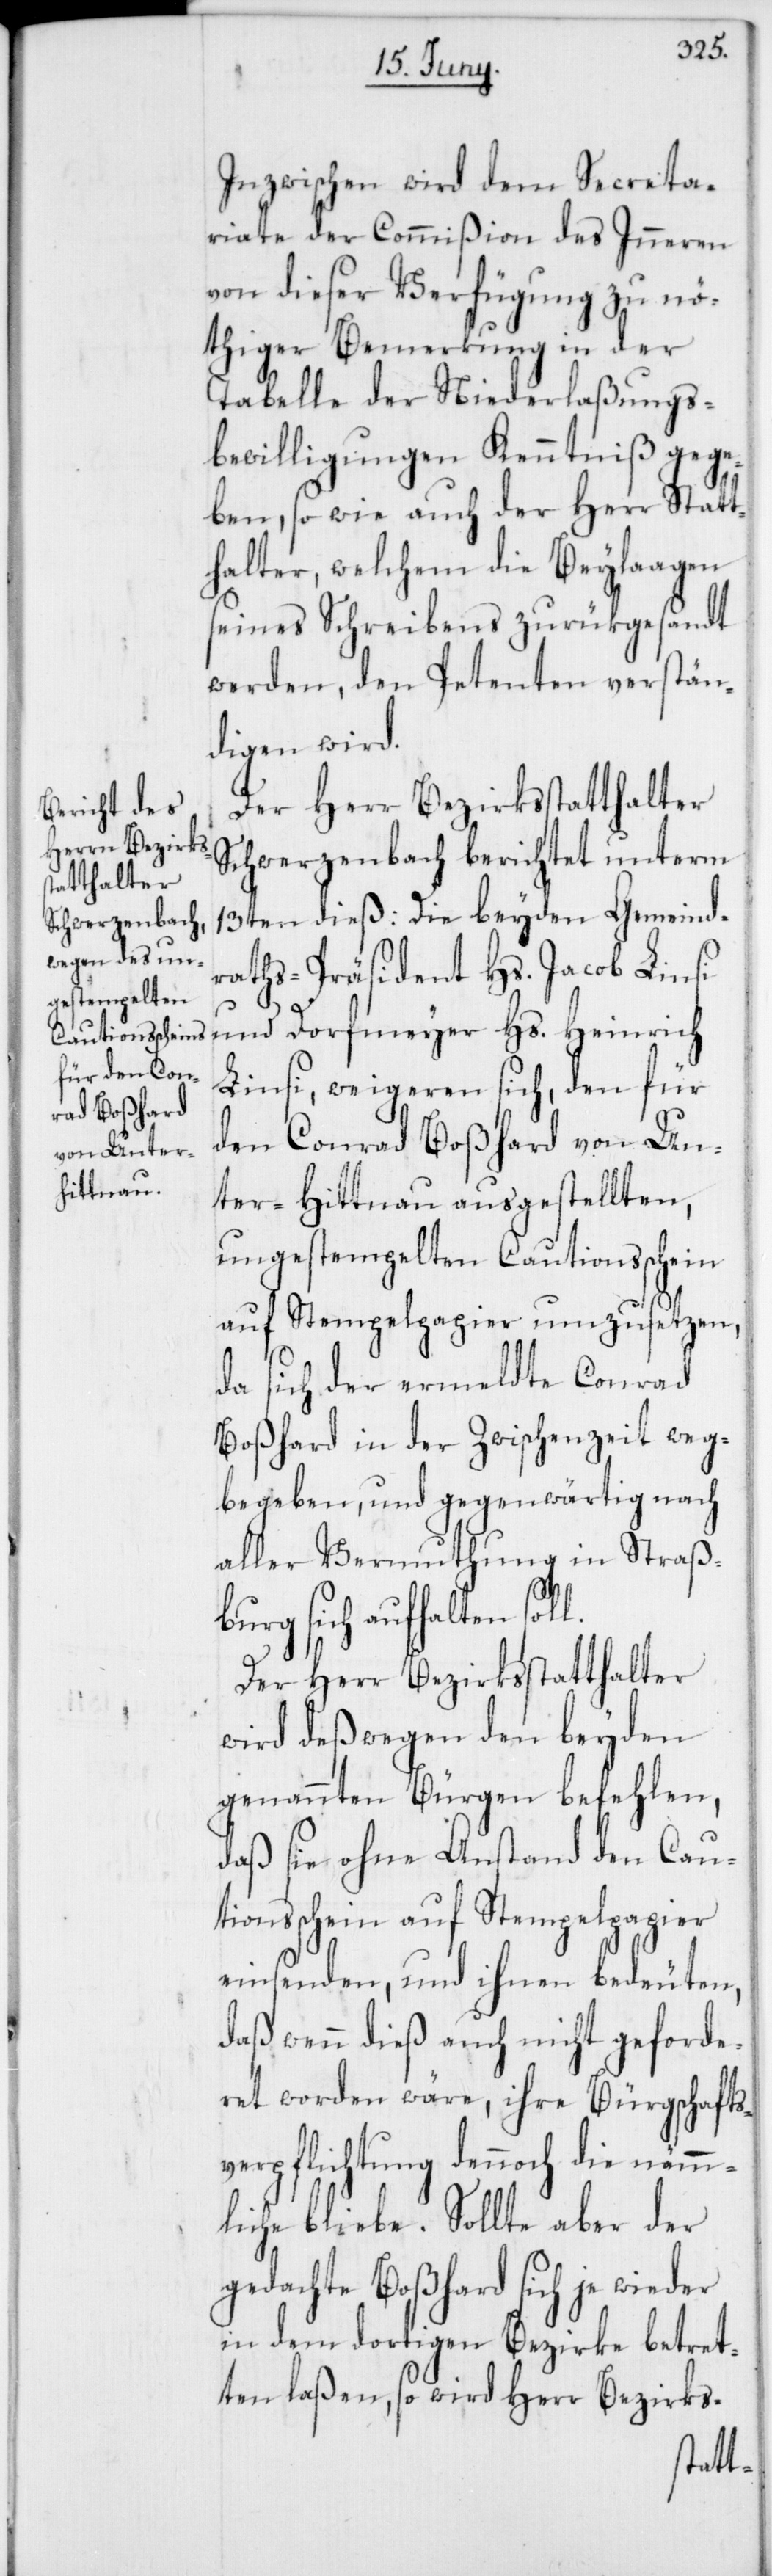
Inzwischen wird dem Secreta¬
riate der Commißion des Inneren
von dieser Verfügung zu nö¬
thiger Bemerkung in der
Tabelle der Niederlaßungs¬
bewilligungen Kenntniß gege¬
ben, so wie auch der Herr Statt¬
halter, welchem die Beylaagen
seines Schreibens zurükgesandt
werden, den Petenten verstän¬
digen wird.
Der Herr Bezirksstatthalter
Schwerzenbach berichtet unterm
13ten dieß: Die beyden Gemeind¬
raths-Präsident Hs. Jacob L¬
insi und Dorfmeyer Hs. Heinrich
Linsi, weigeren sich, den für
den Conrad Boßhard von Un¬
ter-Hittnau ausgestellten,
ungestempelten Cautionsschein
auf Stempelpapier umzusetzen,
da sich der ermeldte Conrad
Boßhard in der Zwischenzeit weg¬
begeben, und gegenwärtig nach
aller Vermuthung in Straß¬
burg sich aufhalten soll.
Der Herr Bezirksstatthalter
wird deßwegen den beyden
genannten Bürgen befehlen,
daß sie ohne Anstand den Cau¬
tionsschein auf Stempelpapier
einsenden, und ihnen bedeuten,
daß wenn dieß auch nicht geforde¬
ret worden wäre, ihre Bürgschafts¬
verpflichtung dennoch die nämm¬
liche bliebe. Sollte aber der
gedachte Boßhard sich je wieder
in dem dortigen Bezirke betret¬
ten laßen, so wird Herr Bezirks-